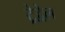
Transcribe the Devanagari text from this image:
ट्रेद्वेल